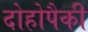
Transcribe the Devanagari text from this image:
दोहोपैकी